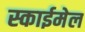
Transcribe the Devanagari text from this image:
स्काईमेल